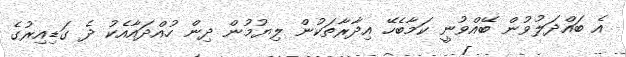
އެ ބައްދަލުވުން ބޭއްވުނީ ކަމާބެހޭ އިދާރާތަކުން ލިޔުމުން ދިން ހުއްދައާއެކު ދެ ގަޑިއިރުގެ